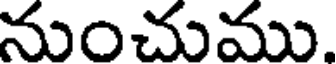
నుంచుము.